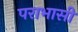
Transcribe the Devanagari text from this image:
पराभासी